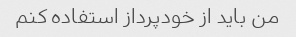
من باید از خودپرداز استفاده کنم